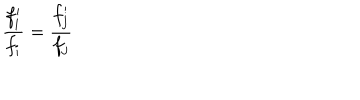
\frac { f _ { i } ^ { \prime } } { f _ { i } } = \frac { f _ { j } ^ { \prime } } { f _ { j } }